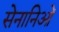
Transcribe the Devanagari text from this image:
सेनानिओं